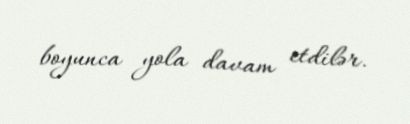
boyunca yola davam etdilər.